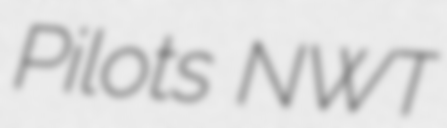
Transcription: Pilots NWT